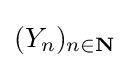
(Y_{n})_{n\in \mathbf {N} }